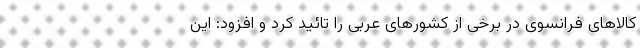
کالاهای فرانسوی در برخی از کشورهای عربی را تائید کرد و افزود: این